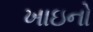
ખાઇનો